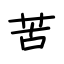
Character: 苦